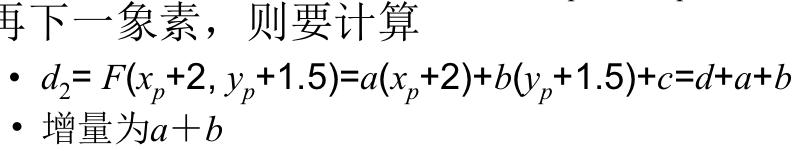
再下一象素，则要计算
- $d_2 = F(x_p + 2, y_p + 1.5)=a(x_p + 2)+b(y_p + 1.5)+c=d+a+b$
- 增量为$a + b$